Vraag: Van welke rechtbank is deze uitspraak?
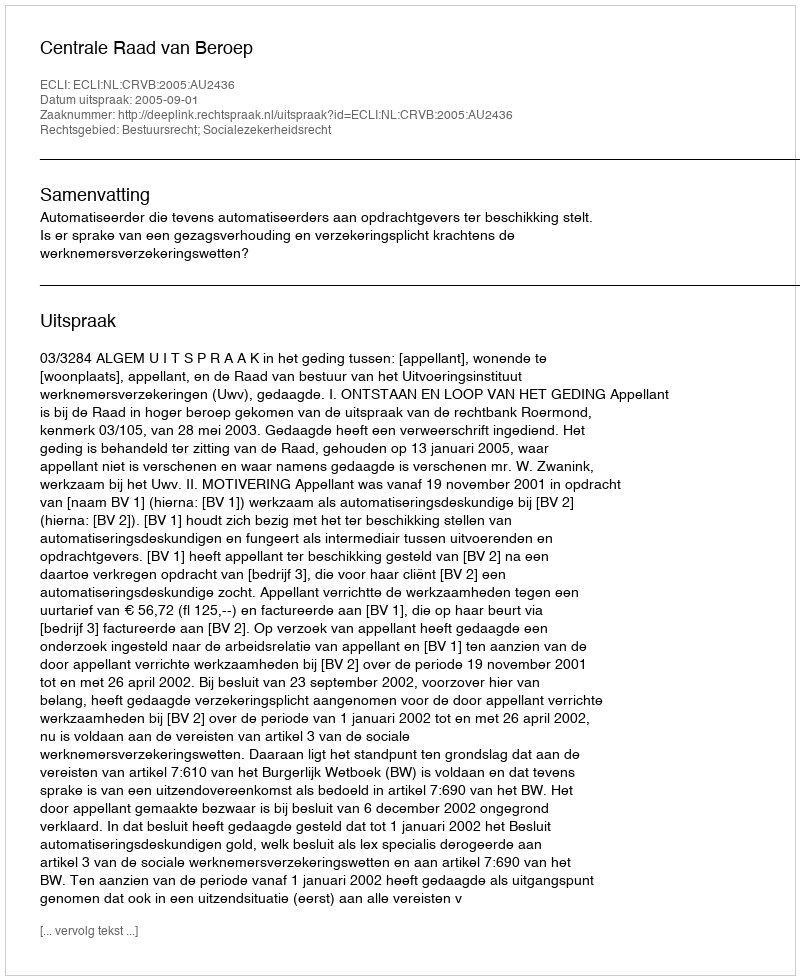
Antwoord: Centrale Raad van Beroep